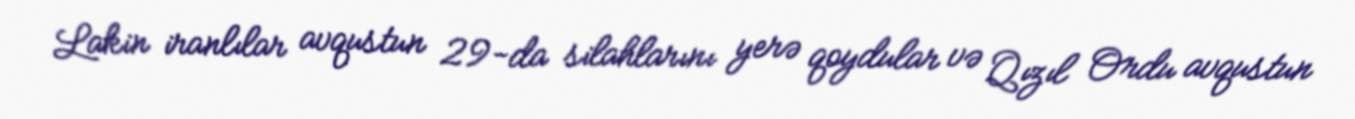
Lakin iranlılar avqustun 29-da silahlarını yerə qoydular və Qızıl Ordu avqustun